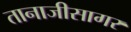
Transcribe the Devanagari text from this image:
तानाजीसागर